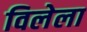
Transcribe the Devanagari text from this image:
विलेला